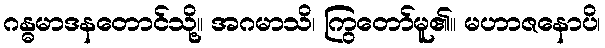
ဂန္ဓမာဒနတောင်သို့။ အဂမာသိ၊ ကြွတော်မူ၏။ မဟာဇနောပိ၊